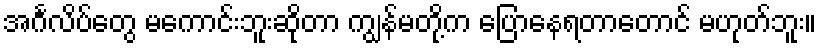
အင်္ဂလိပ်တွေ မကောင်းဘူးဆိုတာ ကျွန်မတို့က ပြောနေရတာတောင် မဟုတ်ဘူး။